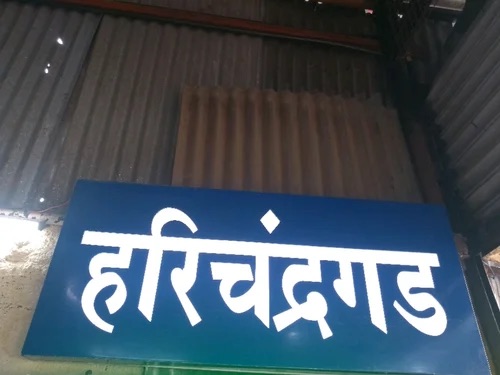
Language: marathi
Transcription: हरिचंद्रगड